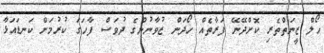
ހޯލް ޒީނަތްތެރި ކޮށްދޭނޭ ފަރާތެއް ހޯދަން ޒުވާނުންގެ ދުވަސް ފާހަގަ ކުރުމަށް ކަނޑައަޅާ